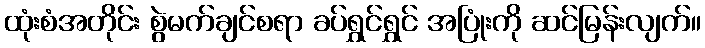
ထုံးစံအတိုင်း စွဲမက်ချင်စရာ ခပ်ရွှင်ရွှင် အပြုံးကို ဆင်မြန်းလျက်။